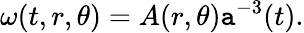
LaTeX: \omega(t,r,\theta)=A(r,\theta)\mathtt{a}^{-3}(t).